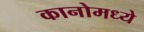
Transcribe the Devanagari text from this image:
कानोमध्ये